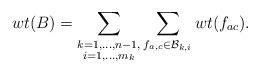
LaTeX: \begin{align*}wt(B)=\sum_{\substack{k=1,\dots,n-1,\\ i=1,\dots,m_k}} \sum_{f_{a,c}\in\mathcal{B}_{k,i}} wt(f_{ac}).\end{align*}